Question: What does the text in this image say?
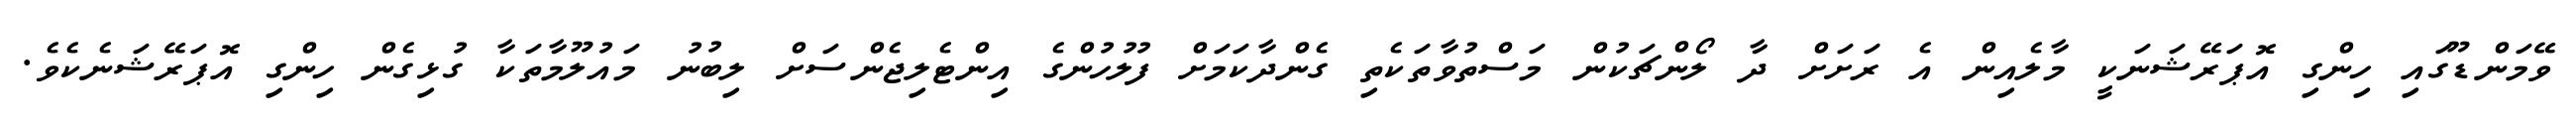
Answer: ވޭމަންޑޫގައި ހިންގި އޮޕަރޭޝަނަކީ މާލެއިން އެ ރަށަށް ދާ ލޯންޗަކުން މަސްތުވާތަކެތި ގެންދާކަމަށް ފުލުހުންގެ އިންޓެލިޖެންސަށް ލިބުނު މައުލޫމާތަކާ ގުޅިގެން ހިންގި އޮޕަރޭޝަނެކެވެ.